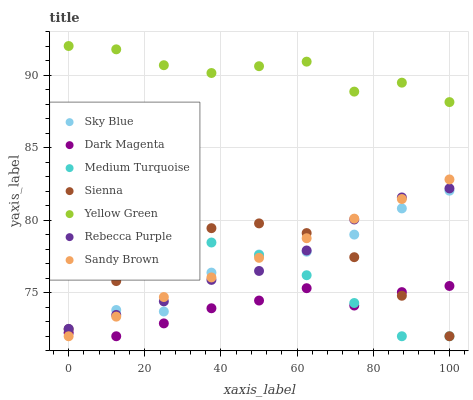
| xaxis_label | Sky Blue | Dark Magenta | Medium Turquoise | Sienna | Yellow Green | Rebecca Purple | Sandy Brown |
 | --- | --- | --- | --- | --- | --- | --- | --- |
 | 0 | 72.2 | 72.2 | 77.9 | 72.5 | 92 | 72.5 | 72 |
 | 12.5 | 73.8 | 72 | 78.6 | 75.8 | 91.8 | 73.5 | 73.4 |
 | 25 | 73.7 | 72.9 | 78.8 | 78.1 | 90.7 | 74.4 | 74.7 |
 | 37.5 | 76.4 | 73.9 | 78.5 | 79.4 | 90.1 | 75.9 | 76.1 |
 | 50 | 77.6 | 74.5 | 77.6 | 79.8 | 90.6 | 76.5 | 77.4 |
 | 62.5 | 77.8 | 75.3 | 76.2 | 79.1 | 90.9 | 77.9 | 78.8 |
 | 75 | 79 | 74.1 | 74.3 | 77.4 | 88.9 | 80 | 80.1 |
 | 87.5 | 80.8 | 75 | 72 | 74.8 | 89.5 | 81.6 | 81.5 |
 | 100 | 82 | 75.5 | 72 | 72 | 88.1 | 82.2 | 82.8 |